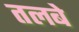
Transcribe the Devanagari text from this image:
तलबे